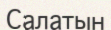
Салатын